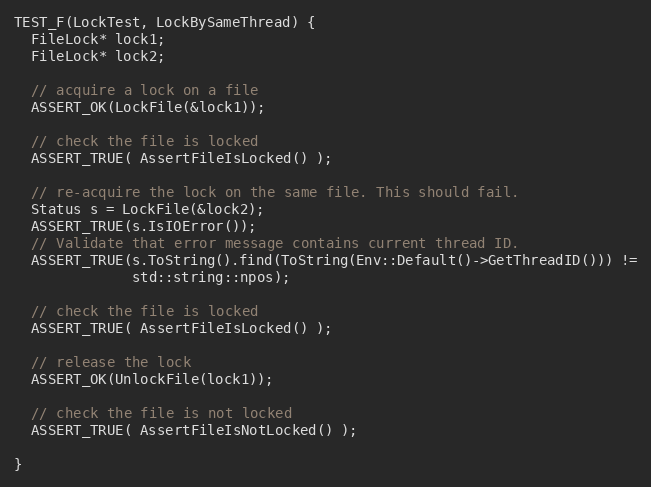
Language: C++
TEST_F(LockTest, LockBySameThread) {
  FileLock* lock1;
  FileLock* lock2;

  // acquire a lock on a file
  ASSERT_OK(LockFile(&lock1));

  // check the file is locked
  ASSERT_TRUE( AssertFileIsLocked() );

  // re-acquire the lock on the same file. This should fail.
  Status s = LockFile(&lock2);
  ASSERT_TRUE(s.IsIOError());
  // Validate that error message contains current thread ID.
  ASSERT_TRUE(s.ToString().find(ToString(Env::Default()->GetThreadID())) !=
              std::string::npos);

  // check the file is locked
  ASSERT_TRUE( AssertFileIsLocked() );

  // release the lock
  ASSERT_OK(UnlockFile(lock1));

  // check the file is not locked
  ASSERT_TRUE( AssertFileIsNotLocked() );

}